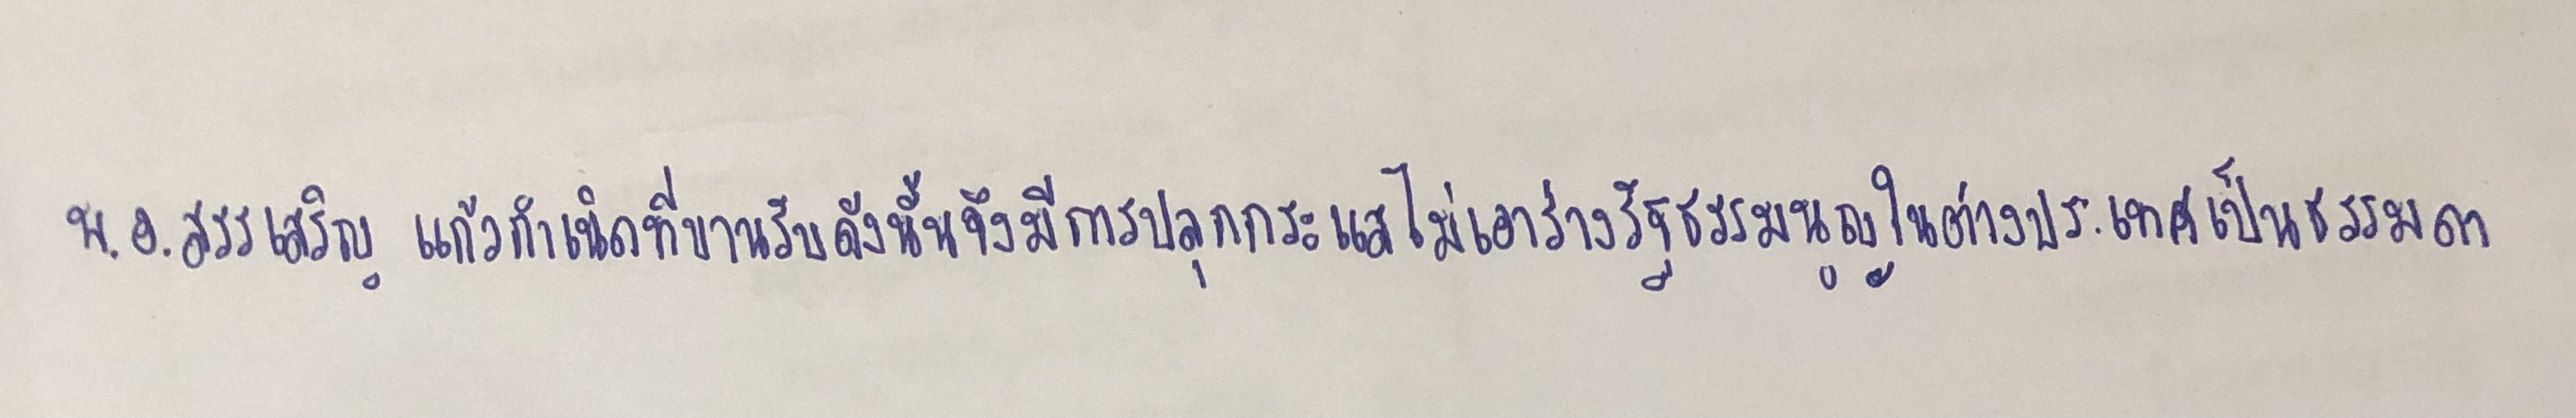
พ.อ.สรรเสริญ แก้วกำเนิดที่ขานรับดังนั้นจึงมีการปลุกกระแสไม่เอาร่างรัฐธรรมนูญในต่างประเทศเป็นธรรมดา